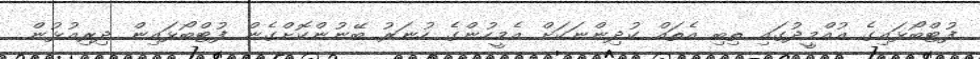
ފުޓްބޯޅައިގެ އުއްމީދުގައި ތިބި އެތައް ކުދިންނަކަށް އެމީހުންގެ ހުނަރު ބޭނުންކޮށްގެން ފުޓްބޯޅައިން ދިރިއުޅުން